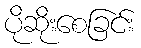
ပိုဆိုးစေခြင်း